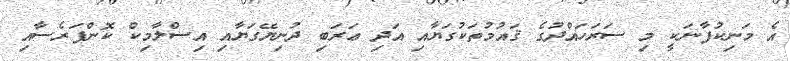
އެ މަނިކުފާނަކީ މި ސަރަހައްދުގެ ޤައުމުތަކުގަޔާއި އަދި ޢަރަބި ދުނިޔޭގަޔާއި އިސްލާމިކް ކޮންފަރެސާއި